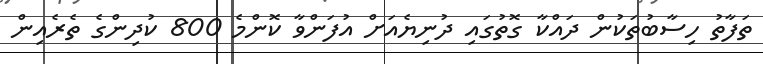
ތަފާތު ހިސާބުތަކުން ދައްކާ ގޮތުގައި ދުނިޔެއަށް އުފަންވާ ކޮންމެ 800 ކުދިންގެ ތެރެއިން